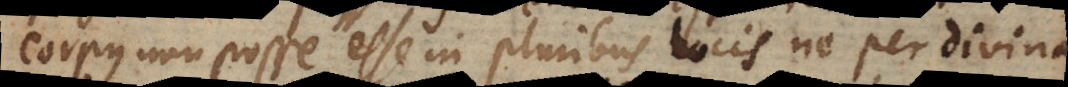
corpus non posse esse in pluribus locis ne per divinam